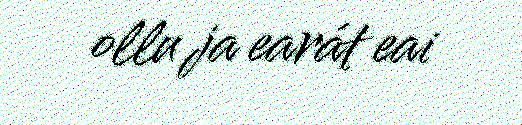
ollu ja earát eai